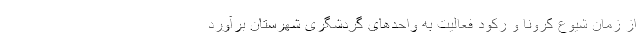
از زمان شیوع کرونا و رکود فعالیت به واحدهای گردشگری شهرستان برآورد